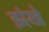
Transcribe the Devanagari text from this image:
झंखे